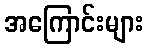
အကြောင်းများ